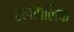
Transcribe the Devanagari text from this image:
हलोपलिक